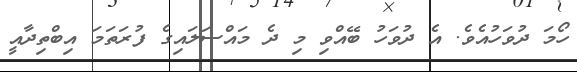
ހޯމަ ދުވަހުއެވެ. އެ ދުވަހު ބޭއްވި މި ދެ މައްސަލައިގެ ފުރަތަމަ އިބްތިދާއީ